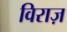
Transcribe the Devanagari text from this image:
विराज़